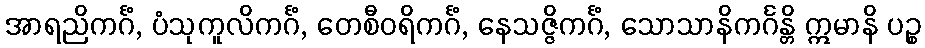
အာရညိကင်္ဂံ, ပံသုကူလိကင်္ဂံ, တေစီဝရိကင်္ဂံ, နေသဇ္ဇိကင်္ဂံ, သောသာနိကင်္ဂန္တိ ဣမာနိ ပဉ္စ